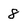
Character: 8